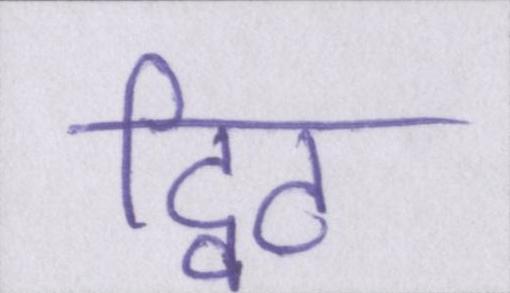
ट्विट